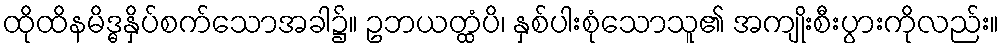
ထိုထိနမိဒ္ဓနှိပ်စက်သောအခါ၌။ ဥဘယတ္ထံပိ၊ နှစ်ပါးစုံသောသူ၏ အကျိုးစီးပွားကိုလည်း။